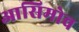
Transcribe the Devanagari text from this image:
आसिमोव